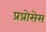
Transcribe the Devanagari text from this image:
प्रप्रोसेस